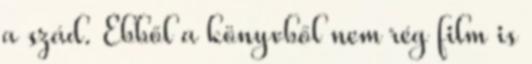
a szád. Ebből a könyvből nem rég film is